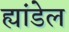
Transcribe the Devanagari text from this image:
ह्यांडेल